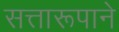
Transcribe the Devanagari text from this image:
सत्तारूपाने